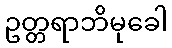
ဥတ္တရာဘိမုခေါ